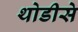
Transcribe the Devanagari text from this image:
थोडीसे